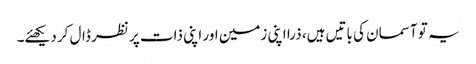
یہ تو آسمان کی باتیں ہیں، ذرا اپنی زمین اور اپنی ذات پر نظر ڈال کر دیکھئے۔